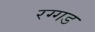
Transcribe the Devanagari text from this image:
रग्गड